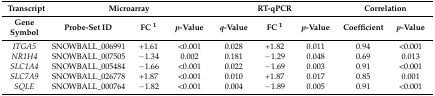
<table><thead><tr><td><b>Transcript</b></td><td colspan="3"><b>Microarray</b></td><td colspan="3"><b>RT-qPCR</b></td><td colspan="2"><b>Correlation</b></td></tr><tr><td><b>Gene Symbol</b></td><td><b>Probe-Set ID</b></td><td><b>FC <sup>1</sup></b></td><td><b><i>p</i>-Value</b></td><td><b><i>q</i>-Value</b></td><td><b>FC <sup>1</sup></b></td><td><b><i>p</i>-Value</b></td><td><b>Coefficient</b></td><td><b><i>p</i>-Value</b></td></tr></thead><tbody><tr><td><i>ITGA5</i></td><td>SNOWBALL_006991</td><td>+1.61</td><td>&lt;0.001</td><td>0.028</td><td>+1.82</td><td>0.011</td><td>0.94</td><td>&lt;0.001</td></tr><tr><td><i>NR1H4</i></td><td>SNOWBALL_007505</td><td>−1.34</td><td>0.002</td><td>0.181</td><td>−1.29</td><td>0.048</td><td>0.69</td><td>0.013</td></tr><tr><td><i>SLC1A4</i></td><td>SNOWBALL_005484</td><td>−1.66</td><td>&lt;0.001</td><td>0.022</td><td>−1.69</td><td>0.003</td><td>0.91</td><td>&lt;0.001</td></tr><tr><td><i>SLC7A9</i></td><td>SNOWBALL_026778</td><td>+1.87</td><td>&lt;0.001</td><td>0.010</td><td>+1.87</td><td>0.017</td><td>0.85</td><td>0.001</td></tr><tr><td><i>SQLE</i></td><td>SNOWBALL_000764</td><td>−1.82</td><td>&lt;0.001</td><td>0.004</td><td>−1.89</td><td>0.005</td><td>0.91</td><td>&lt;0.001</td></tr></tbody></table>